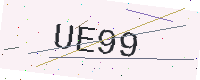
Text: UE99